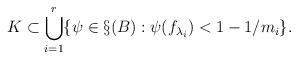
LaTeX: \begin{align*}K\subset \bigcup_{i=1}^r \{\psi\in \S(B):\psi(f_{\lambda_i})<1-1/{m_i}\}.\end{align*}